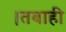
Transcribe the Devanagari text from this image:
।तबाही